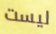
ليست